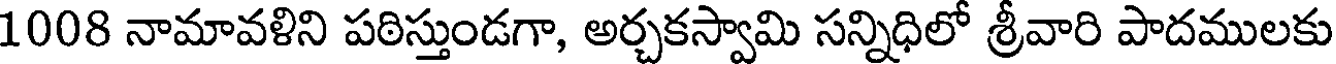
1008 నామావళిని పఠిస్తుండగా, అర్చకస్వామి సన్నిధిలో శ్రీవారి పాదములకు